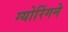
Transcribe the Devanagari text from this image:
ग्योरिंगने